Memorandum on the prevention of leprosy by segregation of the affected
Disease focus: Leprosy
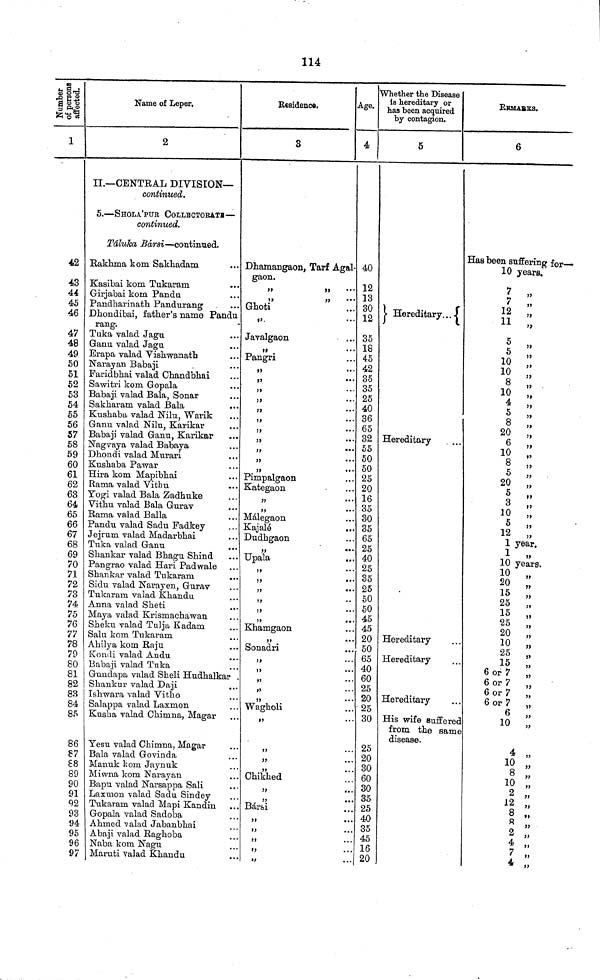
114
Number of persons afiected.
1
42
43
44
45
46
47
48
49
50
51
52
53
54
55
56
57
58
59
60
61
62
63
64
65
66
67
68
69
70
71
72
73
74
75
76
77
78
79
80
81
82
83
84
85
86
87
88
89
90
91
92
93
94
95
96
97
Name of Leper,
2
II.—CENTRAL DIVISION—
continued.
5.—SHOLA'PUR COLLHCTOBATB—
continued.
Táluka Bársi—continued.
Rakhma kom Sakhadam
Kasibai kom Tukaram
Girjabai koin Panda
Pandharinatli Pandurang
Dhondibaij father's name Pandu
rang.
Tuka valad Jaga
Ganu valad Jagu
Erapa valad Vishwanath
Narayan Babaji
Faridbhai valad Chandbhai
Sawitri kom Gopala
Babaji valad Bala, Sonar
Sakharam valad Bala
...
Kushaba valad Nilu, Warik
Ganu valad Nilu, Karikar
Babaji valad Garni, Karikar
Nagvaya valad Babaya
Dhondi valad Murari
Kushaba Pawar
Hira kom Mapibhai
Rama valad Vithu
Yogi valad Bala Zadhuke
Vithu valad Bala Gurav
Rama valad Balla
Pandu valad Sadu Fadkey
Jejrum valad Madarbhai
Tuka valad Ganu
Shankar valad Bhagu Shind
Pangrao valad Hari Padwale
Shankar valad Tukaram
Sidu valad Narayen, Gurav
Tukaram valad Khandu
Anna valad Sheti
Maya valad Krismachawan
Sheku valad Tulja Kadam
Salu kom Tukaram
Ahilya kom Raju
Kondi valad Andu
Babaji valad Tuka
Gundapa valad Sheli Hudhalkar
Shankur valad Daji
Isliwara Valad Vitho
Salappa valad Lasmon
Kusha valad Chimna, Magar
Yesu valad Chimna, Magar
Bala valad Govinda
Manuk kom Jaynuk
Miwna kom Narayan
Bapu valad Narsappa Sali
Laxmon valad Sadu Sindey
Tukaram valad Mapi Kandin
Gopala valad Sadoba
Ahmed valad Jabanbhai
Abaji valad Raghoba
Naba kom Nagu
Maruti valad Khandu
Residence.
3
Dhamangaon, Tarf Agal-
gaon.
Ghoti
Javalgaon
Pangri
i
11
Pimpalgaon
Kategaon
5 5
• *
Málegaon
Kajalé
Dudhgaon
Upala
Khamgaon
Sonadri
Wagholi
Chikhed
Bársi
Age.
4
40
12
13
30
12
35
18
45
42
35
35
25
40
36
65
32
55
50
50
25
20
16
35
30
35
65
25
40
25
35
25
50
50
45
45
20
50
65
40
60
25
20
•25
30
25
20
30
60
30
. 35
25
40
35
45
16
20
Whether the Disease
is hereditary or
has been acquired
by contagion.
5
Hereditary...
Hereditary
Hereditary
Hereditary
Hereditary
His wife suffered
from the same
disease.
REMARKS.
6
Has been suffering for—»
10 years.
7
7
V
5
5
"
10
"
10
"
8
"
10
"
4
"
5
8
"
20
"
6
10
8
5
20
„
5
3
"
10
"
12
1 year.
1
10 Years.
10
20
15
25
15
25
20
„
10
25
15
6 or 7
6 or 7
6 or 7
6 or 7
6
4
10
8 "
10 "
2
12 "
8 "
4
7 "
•
H